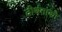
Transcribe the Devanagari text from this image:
तीर्थताको